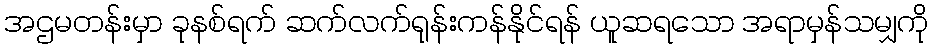
အဌမတန်းမှာ ခုနစ်ရက် ဆက်လက်ရုန်းကန်နိုင်ရန် ယူဆရသော အရာမှန်သမျှကို